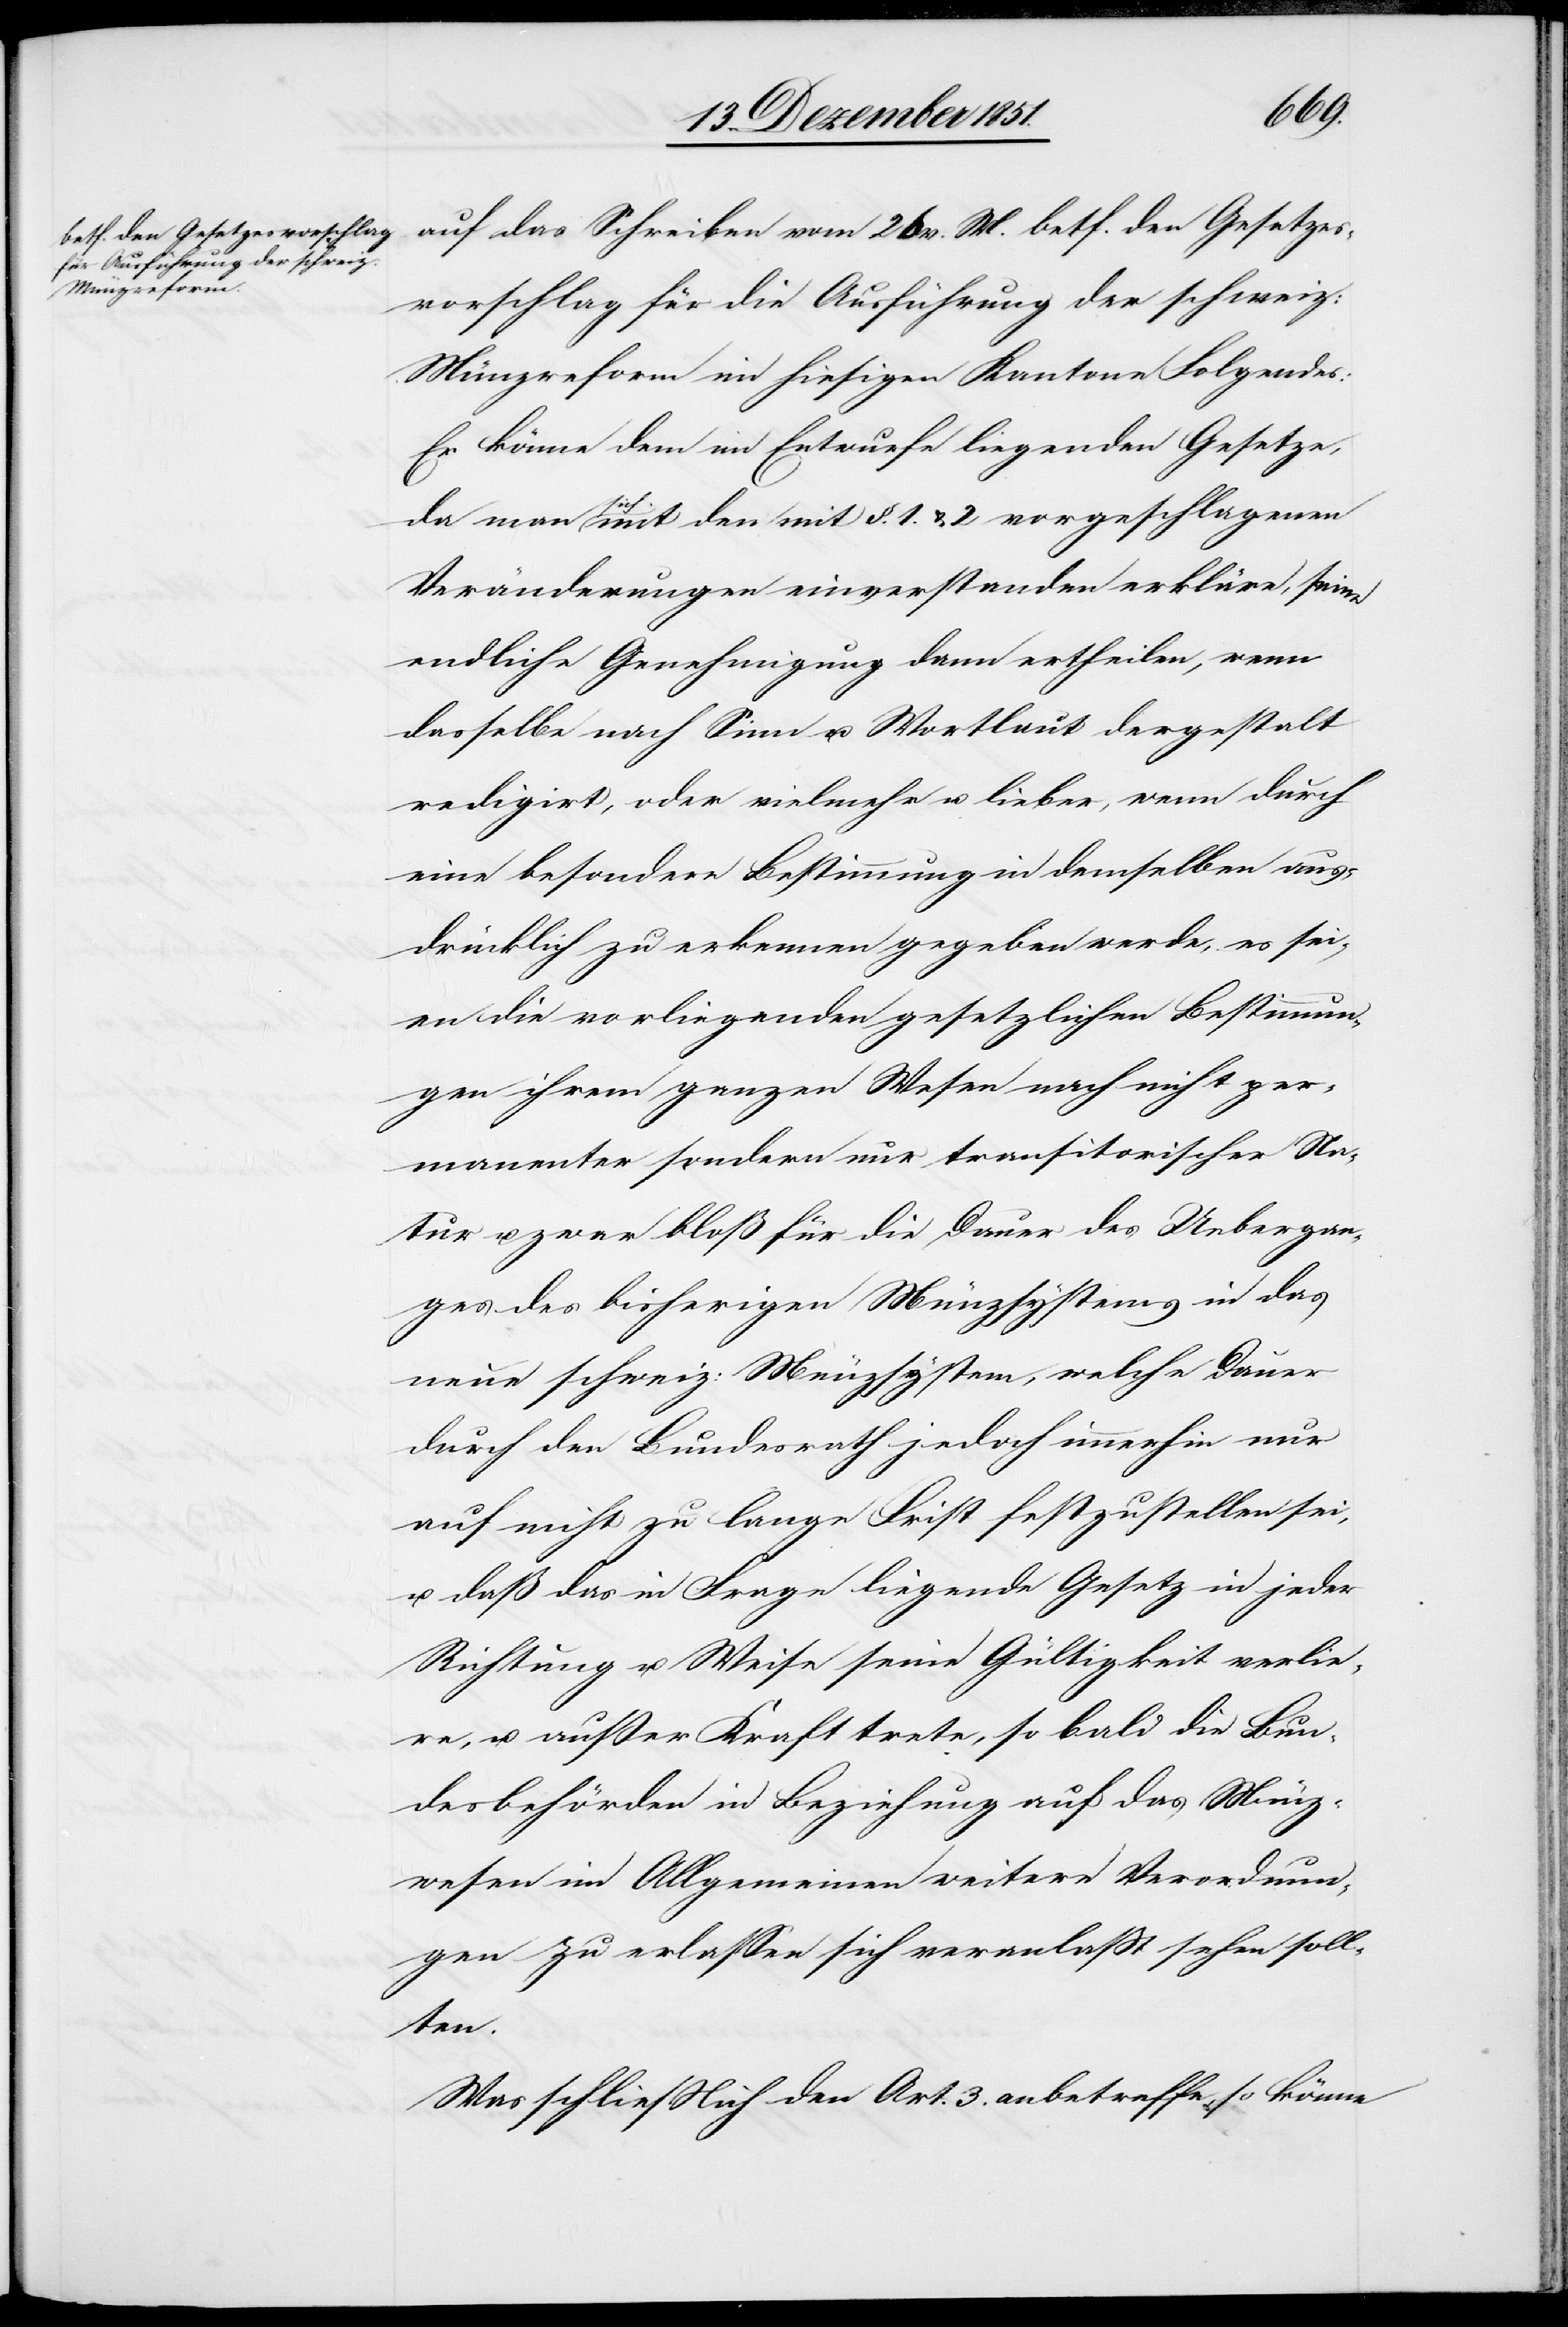
auf das Schreiben vom 26 v. M. betf. den Gesetzes¬
vorschlag für die Ausführung der schweiz:
Münzreform im hiesigen Kantone Folgendes:
Er könne dem im Entwurfe liegenden Gesetze,
da man sich mit den mit §. 1. & 2 vorgeschlagenen
Veränderungen einverstanden erkläre, seine
endliche Genehmigung dann ertheilen, wenn
dasselbe nach Sinn u. Wortlaut dergestalt
redigirt, oder vielmehr u. lieber, wenn durch
eine besondere Bestimmung in demselben aus¬
drücklich zu erkennen gegeben werde, es sei¬
en die vorliegenden gesetzlichen Bestimmun¬
gen ihrem ganzen Wesen nach nicht per¬
manenter sondern nur transitorischer Na¬
tur u. zwar bloß für die Dauer des Uebergan¬
ges des bisherigen Münzsystems in das
neue schweiz: Münzsystem, welche Dauer
durch den Bundesrath jedoch immerhin nur
auf nicht zu lange Frist festzustellen sei,
u. daß das in Frage liegende Gesetz in jeder
Richtung u. Weise seine Gültigkeit verlie¬
re, u. außer Kraft trete, so bald die Bun¬
desbehörden in Beziehung auf das Münz¬
wesen im Allgemeinen weitere Verordnun¬
gen zu erlassen sich veranlaßt sehen soll¬
ten.
Was schließlich den Art. 3. anbetreffe, so könne